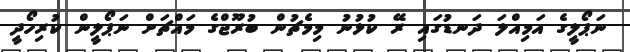
ނަޕޯލީގެ އަމިއްލަ ދަނޑުގައި ރޭ ކުޅުނު މިމެޗުން ބުރޫޖްގެ މައްޗަށް ނަޕޯލީން ކުރިހޯދީ